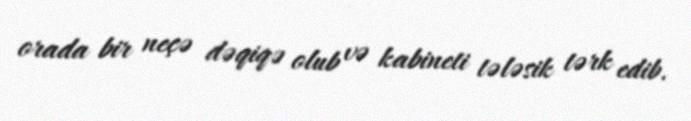
orada bir neçə dəqiqə olub və kabineti tələsik tərk edib.